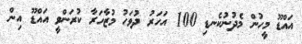
އައްޑޫ މީހުން މެދުނުކެނޑި 100 އަހަރު ދުވަހު މުޒާހަރާ ކުރަންވީ އައްޑޫ އިން